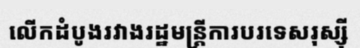
លើកដំបូងរវាងរដ្ឋមន្ត្រីការបរទេសរុស្ស៊ី